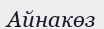
Айнакөз